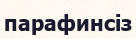
парафинсіз